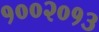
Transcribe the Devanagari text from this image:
१००२०१३